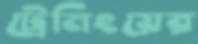
ট্রেনিংয়ের